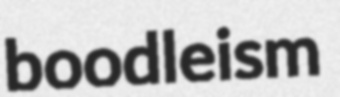
boodleism